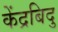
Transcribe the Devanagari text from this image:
केंद्रबिदु